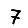
Digit: 7